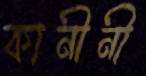
কানীনী